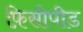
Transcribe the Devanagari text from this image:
फ़िसीपीड